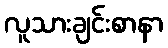
လူသားချင်းစာနာ